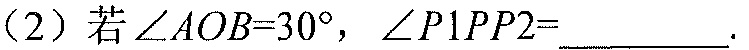
（2）若$\angle AOB = 30^{\circ}$，$\angle P1PP2=$__________.